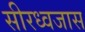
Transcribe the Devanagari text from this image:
सीरध्वजास